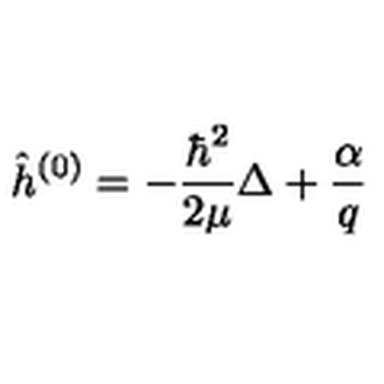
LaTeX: \hat { h } ^ { ( 0 ) } = - \frac { \hbar ^ { 2 } } { 2 \mu } \Delta + \frac { \alpha } { q }